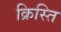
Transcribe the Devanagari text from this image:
क्रिस्ति